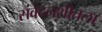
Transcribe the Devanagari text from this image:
संवेदनशीतला